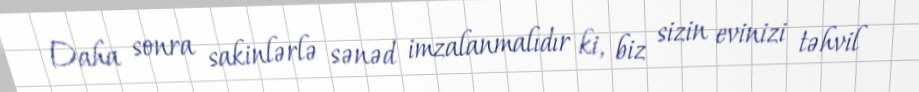
Daha sonra sakinlərlə sənəd imzalanmalıdır ki, biz sizin evinizi təhvil